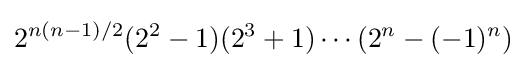
2^{n(n-1)/2}(2^{2}-1)(2^{3}+1)\cdots (2^{n}-(-1)^{n})